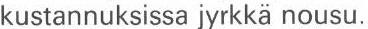
kustannuksissa jyrkkä nousu.